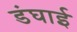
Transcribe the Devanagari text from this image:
डंघाई